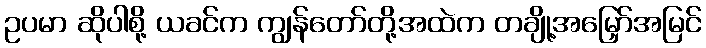
ဥပမာ ဆိုပါစို့ ယခင်က ကျွန်တော်တို့အထဲက တချို့အမြှော်အမြင်